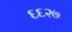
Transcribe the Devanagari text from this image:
६६२७